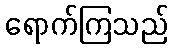
ရောက်ကြသည်